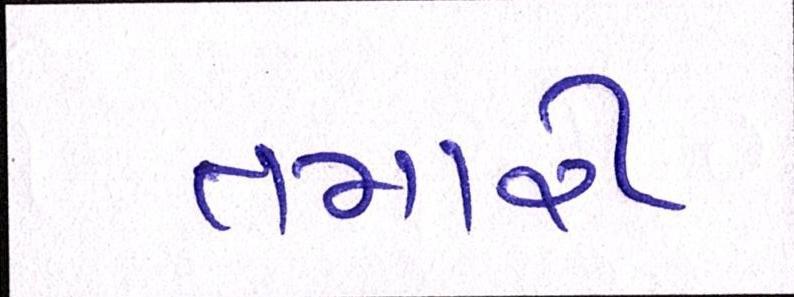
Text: તમારી